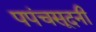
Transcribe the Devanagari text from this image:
पपंचसूदनी